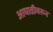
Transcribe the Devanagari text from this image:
आघाडीवरून